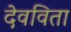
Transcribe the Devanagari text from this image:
देवविता